Account of plague administration in the Bombay Presidency from September 1896 till May 1897
Year: 1896
Disease focus: Plague
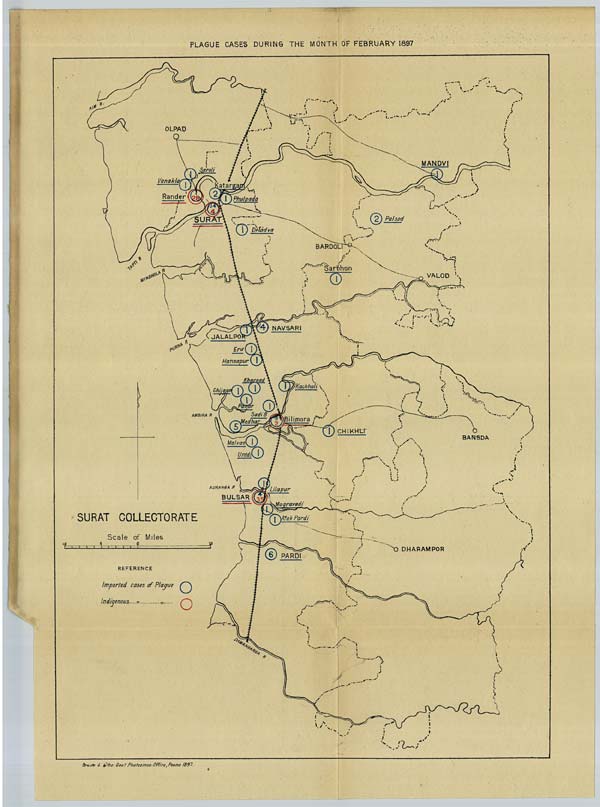
PLAGUE CASES DURING THE MONTH OF FEBRUARY 1897
Drawn & Litho. Govt. Photozinco: Office, Poona 1897.